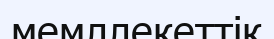
мемллекеттік